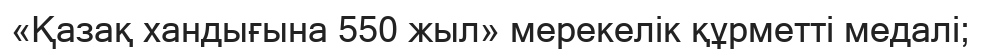
«Қазақ хандығына 550 жыл» мерекелік құрметті медалі;